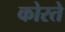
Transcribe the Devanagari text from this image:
कोरते